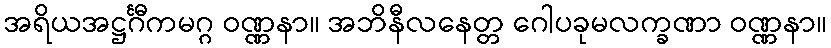
အရိယအဋ္ဌင်္ဂီကမဂ္ဂ ဝဏ္ဏနာ။ အဘိနီလနေတ္တ ဂေါပခုမလက္ခဏာ ဝဏ္ဏနာ။